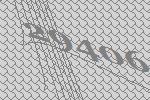
29406